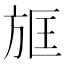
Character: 𣃱